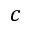
c